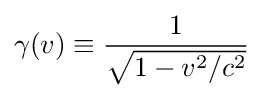
\gamma (v)\equiv {\frac {1}{\sqrt {1-v^{2}/c^{2}}}}\